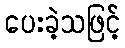
ပေးခဲ့သဖြင့်